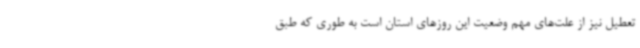
تعطیل نیز از علت‌های مهم وضعیت این روزهای استان است به طوری که طبق